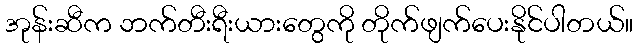
အုန်းဆီက ဘက်တီးရီးယားတွေကို တိုက်ဖျက်ပေးနိုင်ပါတယ်။